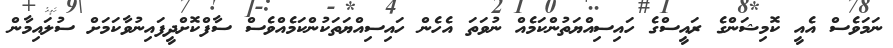
ނަމަވެސް އެއީ ކޮމިޝަންގެ ރައީސްގެ ހައިސިއްޔަތުންކަމެއް ނުވަތަ އެހެން ހައިސިއްޔަތަކުންކަމެއްވެސް ސާފްކޮށްދީފައިނުވާކަމަށް ސުލައިމާން